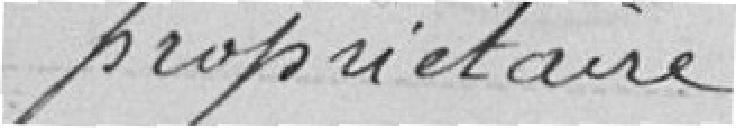
propriétaire